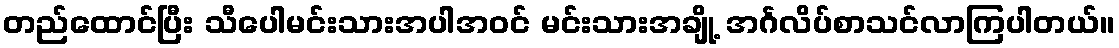
တည်ထောင်ပြီး သီပေါမင်းသားအပါအဝင် မင်းသားအချို့ အင်္ဂလိပ်စာသင်လာကြပါတယ်။